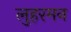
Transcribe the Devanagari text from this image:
लुहरमन